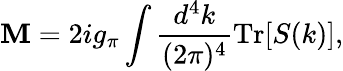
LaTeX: \mathbf{M}=2ig_{\pi}\int\frac{{d^{4}k}}{{(2\pi)^{4}}}\mathrm{{Tr}}[S(k)],